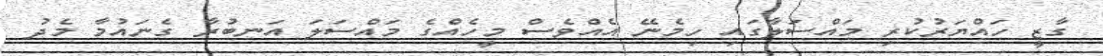
ގާޒީ ހައްޔަރުކުރި މައްސަލާގައި ހިމެނޭ އެއްވެސް މީހެއްގެ މަައްސަލަ އަނބުރާ ގެނައުމާ މެދު